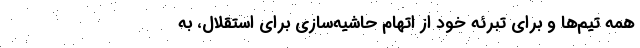
همه تیم‌ها و برای تبرئه خود از اتهام حاشیه‌سازی برای استقلال، به